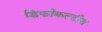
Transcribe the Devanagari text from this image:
डिफीकल्टीज